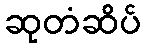
ဆုတံဆိပ်